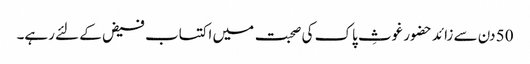
50 دن سے زائد حضور غوثِ پاک کی صحبت میں اکتساب فیض کے لئے رہے۔